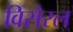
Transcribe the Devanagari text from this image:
विसेरल